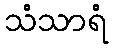
သံသာရံ